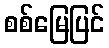
စစ်မြေပြင်